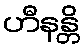
ဟီနန္တိ